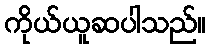
ကိုယ်ယူဆပါသည်။